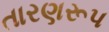
તારણરૂપ